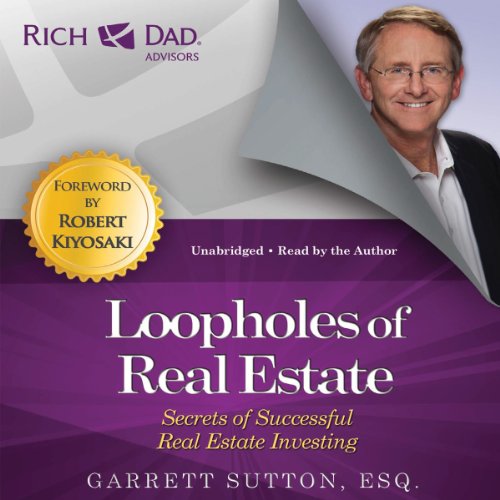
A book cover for Loopholes of Real Estate: Secrets of Successful Real Estate Investing (Rich Dad Advisors); Garrett Sutton; Business & Money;